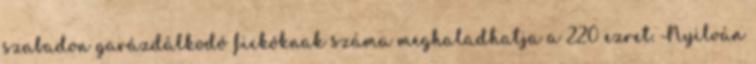
szabadon garázdálkodó fickóknak száma meghaladhatja a 220 ezret. Nyilván